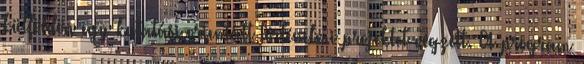
külföldön egy kutatási orientált történelmi projektet végzett. A program